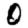
Digit: 0